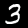
Digit: 3